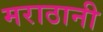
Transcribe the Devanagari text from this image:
मराठानी